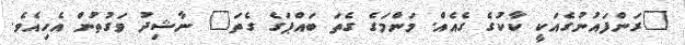
"ރަންފައުނުގެއަކީ ކާކުގެ ގެއެއް. މަންމަގެ ގެތަ ބައްޕަގެ ގެތަ" ނާޝިދު ވަގުތުން އެހިއެވެ.